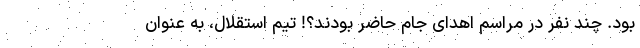
بود. چند نفر در مراسم اهدای جام حاضر بودند؟! تیم استقلال، به عنوان